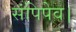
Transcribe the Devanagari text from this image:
संपिपेव।